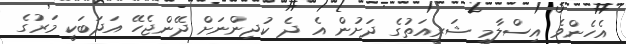
އެހެންވެ އިސްލާމީ ޝަރީއަތުގެ ދަށުން އެ ދެ ކުދިންނަށް ދޭންޖެހޭ އަދަބަކީ މަރުގެ